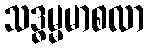
သဒ္ဓမ္မမာစလာ